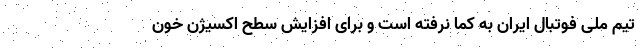
تیم ملی فوتبال ایران به کما نرفته است و برای افزایش سطح اکسیژن خون